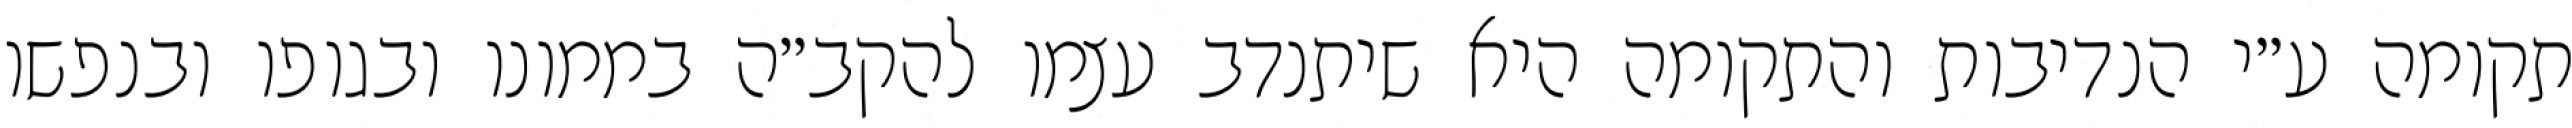
תקומה ע״י הנדיבות והתקומה היא שיתנדב עצמו להקב״ה בממונו ובגופו ובנפשו